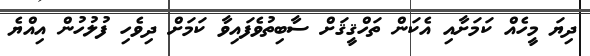
ދިޔަ މީހެއް ކަމަށާއި އެކަން ތަހްޤީޤަށް ސާބިތުވެފައިވާ ކަމަށް ދިވެހި ފުލުހުން އިއްޔެ